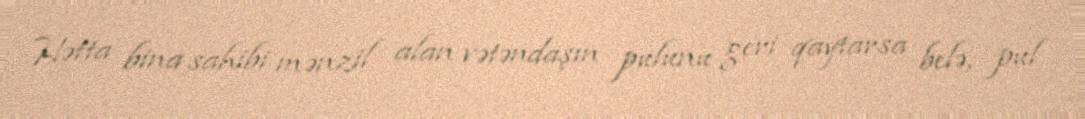
Hətta bina sahibi mənzil alan vətəndaşın pulunu geri qaytarsa belə, pul